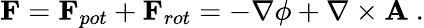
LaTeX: \mathbf{F}=\mathbf{F}_{pot}+\mathbf{F}_{rot}=-\nabla\phi+\nabla\times\mathbf{A}~.